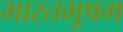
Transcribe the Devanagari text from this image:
भारतभूषम